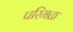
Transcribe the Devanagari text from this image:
परिमळ